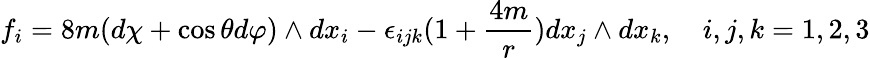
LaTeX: f_{i}=8m(d\chi+\cos\theta d\varphi)\wedge dx_{i}-\epsilon_{ijk}(1+\frac{4m}{r})dx_{j}\wedge dx_{k},~~~~i,j,k=1,2,3